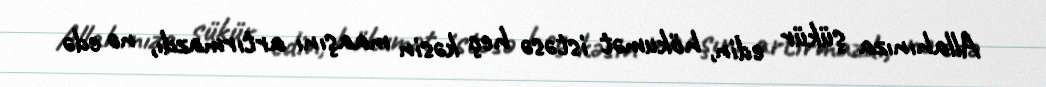
Allahınıza şükür edin, hökumət istəsə heç kəsin maaşını artırmazdı, nə edə